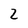
Character: 2